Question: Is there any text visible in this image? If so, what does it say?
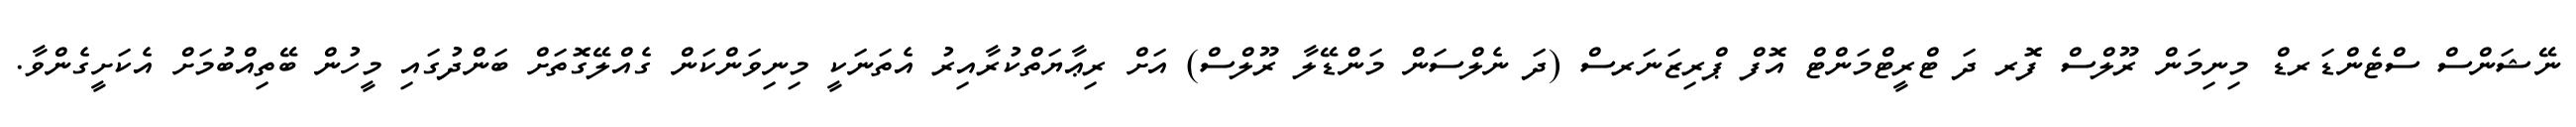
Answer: ނޭޝަންސް ސްޓެންޑަރޑް މިނިމަން ރޫލްސް ފޮރ ދަ ޓްރީޓްމަންޓް އޮފް ޕްރިޒަނަރސް (ދަ ނެލްސަން މަންޑޭލާ ރޫލްސް) އަށް ރިޢާޔަތްކުރާއިރު އެތަނަކީ މިނިވަންކަން ގެއްލޭގޮތަށް ބަންދުގައި މީހުން ބޭތިއްބުމަށް އެކަށީގެންވާ.